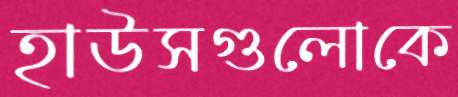
হাউসগুলোকে